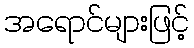
အရောင်များဖြင့်